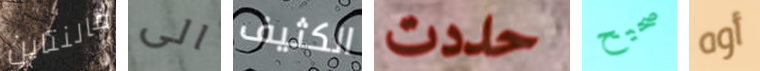
فالنتاين الى الكثيف حددت صحيح أوه